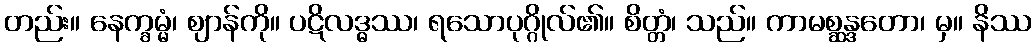
တည်း။ နေက္ခမ္မံ၊ ဈာန်ကို။ ပဋိလဒ္ဓဿ၊ ရသောပုဂ္ဂိုလ်၏။ စိတ္တံ၊ သည်။ ကာမစ္ဆန္ဒတော၊ မှ။ နိဿ